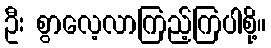
ဦး စွာလေ့လာကြည့်ကြပါစို့။